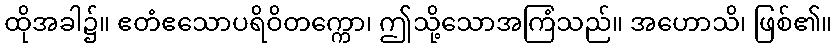
ထိုအခါ၌။ ဧတံဧသောပရိဝိတက္ကော၊ ဤသို့သောအကြံသည်။ အဟောသိ၊ ဖြစ်၏။